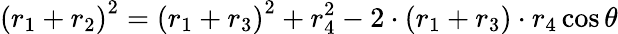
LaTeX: \left(r_{1}+r_{2}\right)^{2}=\left(r_{1}+r_{3}\right)^{2}+r_{4}^{2}-2\cdot\left(r_{1}+r_{3}\right)\cdot r_{4}\cos\theta